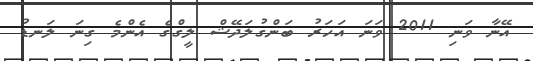
އޭނާ ވަނި 2011 ވަނަ އަހަރު ބަންގުލަދޭޝް ލީގްގެ އެންމެ ގިނަ ލަނޑު